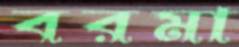
বরমা